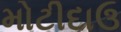
મોટીદાઉ